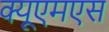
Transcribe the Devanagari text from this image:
क्यूएमएस